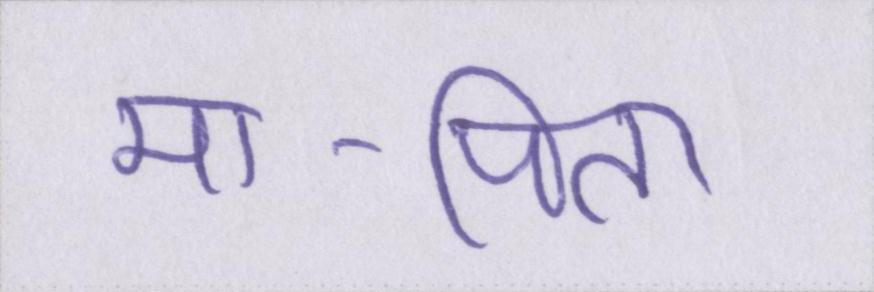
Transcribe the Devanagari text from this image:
मा-पिता